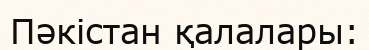
Пәкістан қалалары: